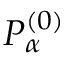
P _ { \alpha } ^ { ( 0 ) }